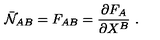
\bar { \cal N } _ { A B } = F _ { A B } = \frac { \partial F _ { A } } { \partial X ^ { B } } \ .